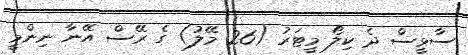
ސާޅީސް ދެ ކިލޯ މީޓަރު (26 މޭލު) ގެ ރޭސް އޭނާ ނިންމީ